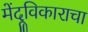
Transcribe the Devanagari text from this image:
मेंदूविकाराचा